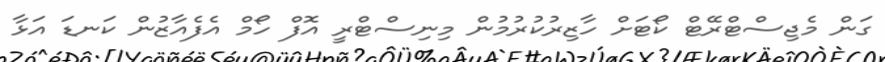
ގަން މެޖިސްޓްރޭޓް ކޯޓަށް ހާޒިރުކުރުމުން މިނިސްޓްރީ އޮފް ހޯމް އެފެއާޒުން ކަނޑަ އަޅާ